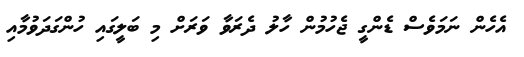
އެހެން ނަމަވެސް ޑެންގީ ޖެހުމުން ހާލު ދެރަވާ ވަރަށް މި ބަލީގައި ހުންގަދަވުމާއި